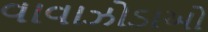
વાવાઝોડાઓ